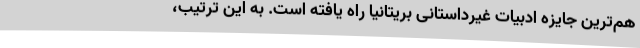
هم‌ترین جایزه ادبیات غیرداستانی بریتانیا راه یافته است. به این ‌ترتیب،